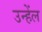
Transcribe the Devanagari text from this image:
उन्हेंल